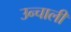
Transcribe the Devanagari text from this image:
उन्चाली